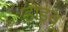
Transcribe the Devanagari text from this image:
डाइवू